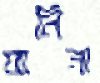
যানিনা